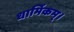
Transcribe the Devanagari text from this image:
धार्मिकम्‌।